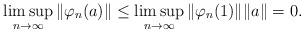
LaTeX: \begin{align*}\limsup_{n\to\infty} \|\varphi_n(a)\| \leq \limsup_{n\to\infty} \|\varphi_n(1)\|\|a\| =0.\end{align*}